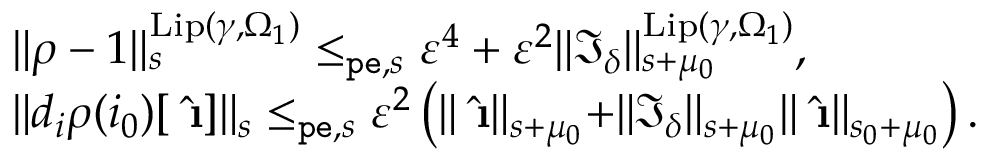
\begin{array} { r l } & { \rVert \rho - 1 \rVert _ { s } ^ { \mathrm { L i p } ( \gamma , \Omega _ { 1 } ) } \le _ { \mathtt { p e } , s } \varepsilon ^ { 4 } + \varepsilon ^ { 2 } \rVert \mathfrak { I } _ { \delta } \rVert _ { s + \mu _ { 0 } } ^ { \mathrm { L i p } ( \gamma , \Omega _ { 1 } ) } , } \\ & { \rVert d _ { i } \rho ( i _ { 0 } ) [ \hat { \textbf { \i } } ] \rVert _ { s } \le _ { \mathtt { p e } , s } \varepsilon ^ { 2 } \left( \rVert \hat { \textbf { \i } } \rVert _ { s + \mu _ { 0 } } + \rVert \mathfrak { I } _ { \delta } \rVert _ { s + \mu _ { 0 } } \rVert \hat { \textbf { \i } } \rVert _ { s _ { 0 } + \mu _ { 0 } } \right) . } \end{array}